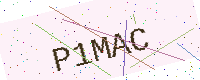
Text: P1MAC